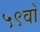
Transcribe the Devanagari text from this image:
५९वाँ